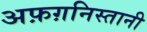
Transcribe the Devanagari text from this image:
अफ़ग़निस्तानी